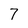
Character: 7